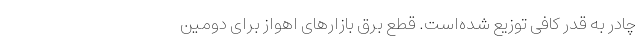
چادر به قدر کافی توزیع شده‌است. قطع برق بازارهای اهواز برای دومین